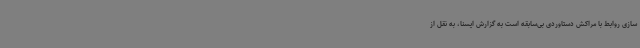
سازی روابط با مراکش دستاوردی بی‌سابقه است به گزارش ایسنا، به نقل از